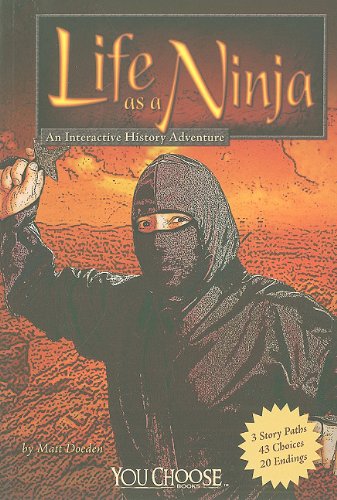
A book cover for Life as a Ninja: An Interactive History Adventure (You Choose: Warriors); Matt Doeden; Children's Books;